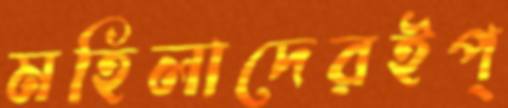
মহিলাদেরইপ্